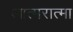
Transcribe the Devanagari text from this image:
आत्मरात्मा